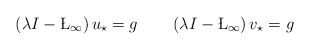
\begin{align*} \left(\lambda I-\L_{\infty}\right)u_{\star} = g\quad\quad\left(\lambda I-\L_{\infty}\right)v_{\star} = g \end{align*}